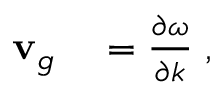
\begin{array} { r l } { { \bf { v } } _ { g } } & { { } = \frac { \partial \omega } { \partial k } \; , } \end{array}